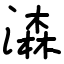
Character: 潹